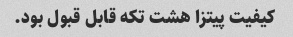
کیفیت پیتزا هشت تکه قابل قبول بود.